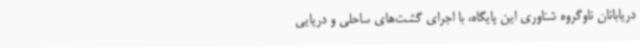
دریابانان ناوگروه شناوری این پایگاه، با اجرای گشت‌های ساحلی و دریایی